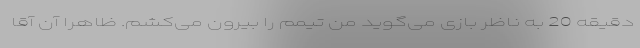
دقیقه 20 به ناظر بازی می‌گوید من تیمم را بیرون می‌کشم. ظاهرا آن آقا